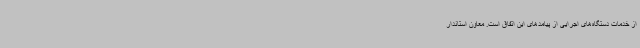
از خدمات دستگاه‌های اجرایی از پیامدهای این اتفاق است. معاون استاندار